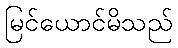
မြင်ယောင်မိသည်